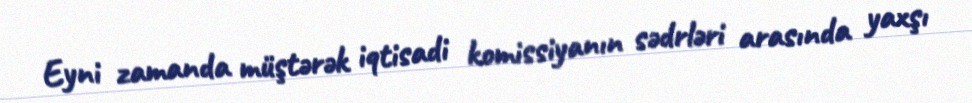
Eyni zamanda müştərək iqtisadi komissiyanın sədrləri arasında yaxşı